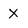
Character: X